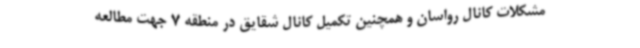
مشکلات کانال رواسان و همچنین تکمیل کانال شقایق در منطقه 7 جهت مطالعه